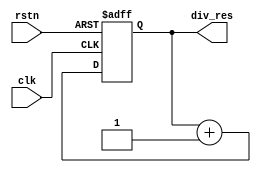
module clkdiv(
    input               clk,
    input               rstn,
    output reg [31:0]   div_res
);

always @(posedge clk, negedge rstn) begin     // When postive edge of `clk` comes
    if(!rstn) begin
        div_res <= 32'b0;
    end
    else begin
        div_res <= div_res + 32'b1;  // Increase `div_res` by 1
    end
end

endmodule